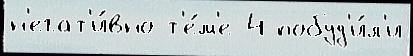
н'егат'и́вно т'е́м'е 4 побуд'и́л'и